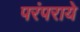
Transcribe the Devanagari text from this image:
परंपराये